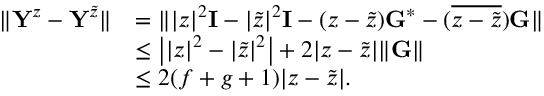
\begin{array} { r l } { \| \mathbf { Y } ^ { z } - \mathbf { Y } ^ { \tilde { z } } \| } & { = \| | z | ^ { 2 } \mathbf { I } - | \tilde { z } | ^ { 2 } \mathbf { I } - ( z - \tilde { z } ) \mathbf { G } ^ { * } - ( \overline { { z - \tilde { z } } } ) \mathbf { G } \| } \\ & { \leq \big | | z | ^ { 2 } - | \tilde { z } | ^ { 2 } \big | + 2 | z - \tilde { z } | \| \mathbf { G } \| } \\ & { \leq 2 ( f + g + 1 ) | z - \tilde { z } | . } \end{array}